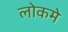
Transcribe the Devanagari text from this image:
लोकमे